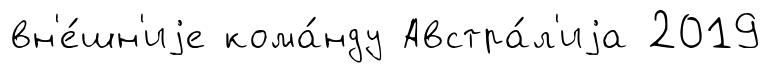
вн'е́шн'иjе кома́нду Австра́л'иjа 2019